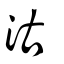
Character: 沽